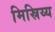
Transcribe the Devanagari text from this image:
मिस्रिय्य